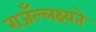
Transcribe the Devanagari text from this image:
राजँल्लक्ष्यते